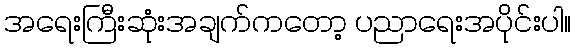
အရေးကြီးဆုံးအချက်ကတော့ ပညာရေးအပိုင်းပါ။